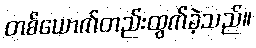
တစ်ယောက်တည်းထွက်ခဲ့သည်။